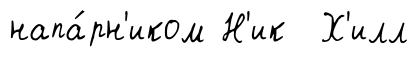
напа́рн'иком Н'ик Х'илл